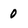
Character: 0